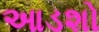
આડશો